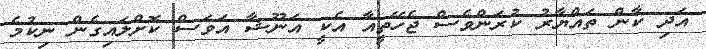
އަދި ކާން ތައްޔާރު ކުރަންވެސް ޖެހޭތީއާ އެކީ އަނޫޝާ އަވަސް ކޮށްލައިގެން ނިކުމެ